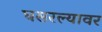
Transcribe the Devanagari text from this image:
घसरल्यावर